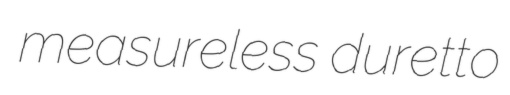
measureless duretto